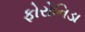
ફોરોનિડા